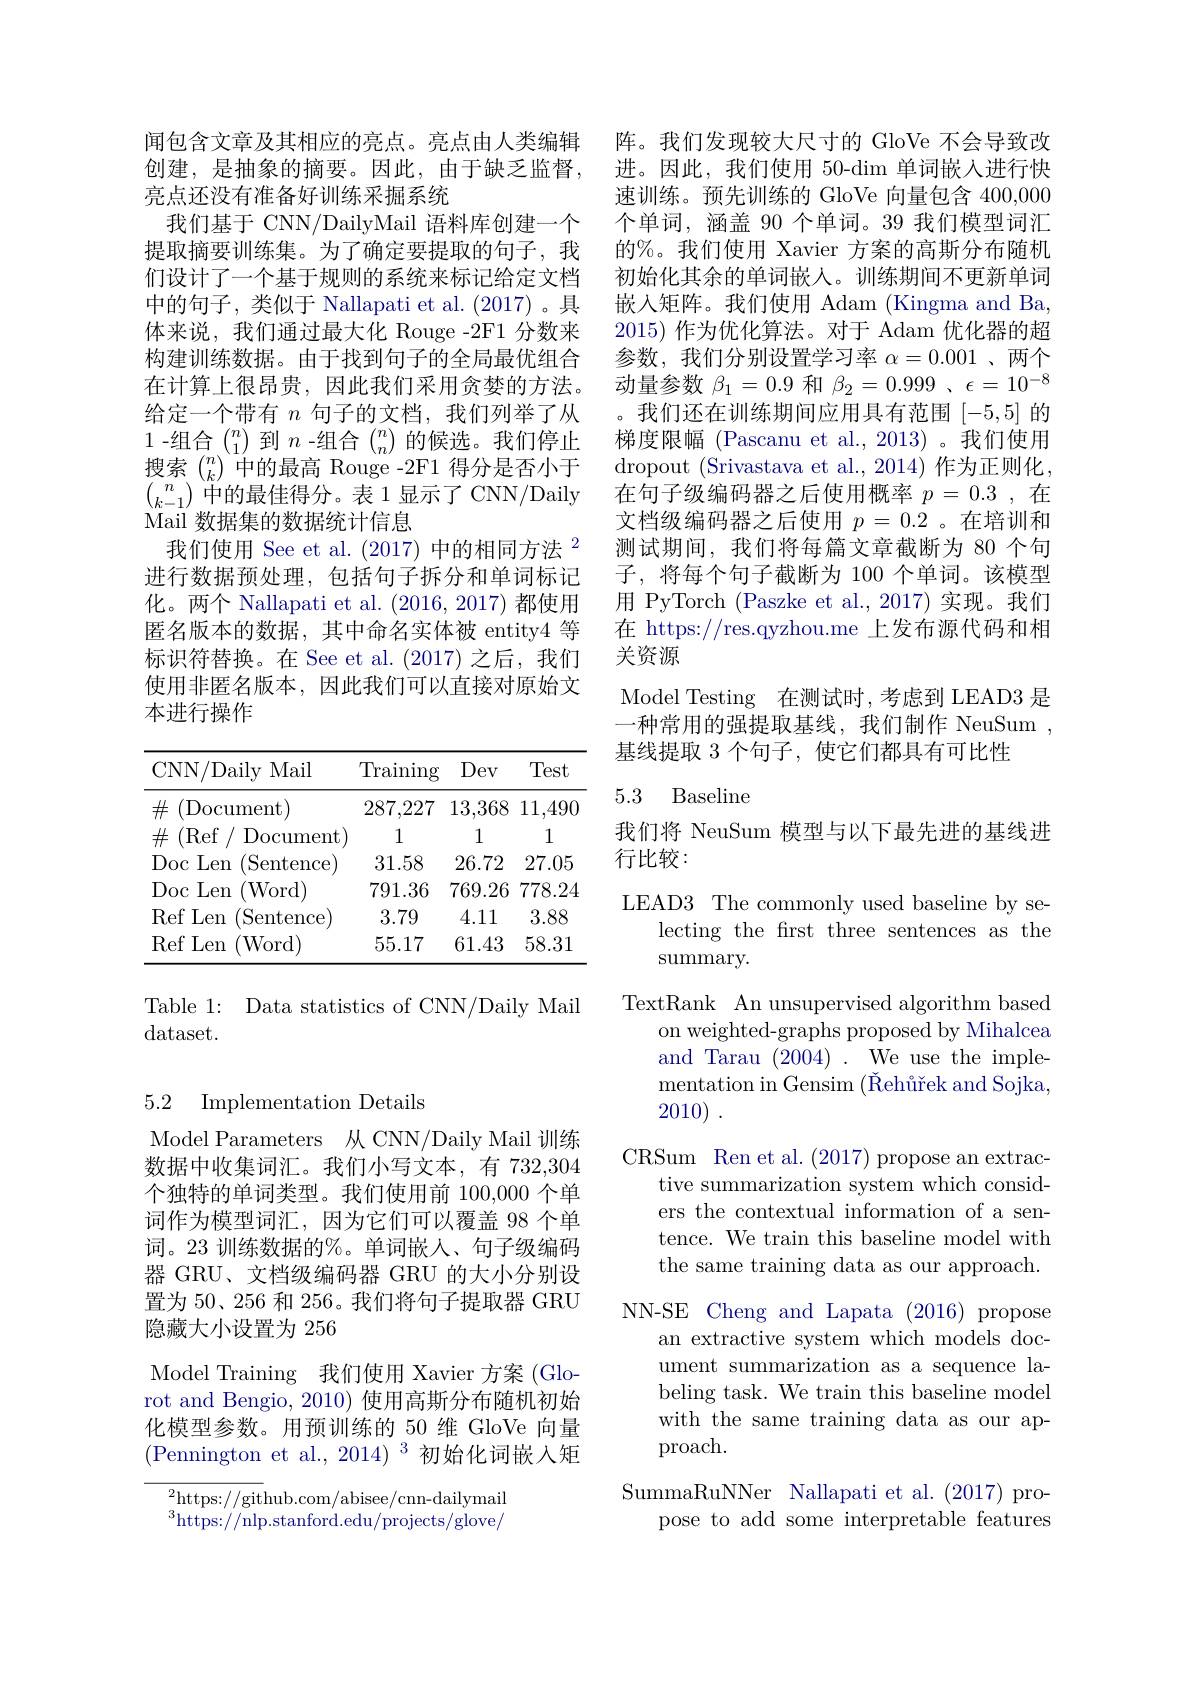
闻包含文章及其相应的亮点。亮点由人类编辑创建，是抽象的摘要。因此，由于缺乏监督， 亮点还没有准备好训练采掘系统
我们基于 CNN/DailyMail 语料库创建一个提取摘要训练集。为了确定要提取的句子，我们设计了一个基于规则的系统来标记给定文档中的句子，类似于 Nallapati et al.(2017)。具体来说，我们通过最大化 Rouge -2F1 分数来构建训练数据。由于找到句子的全局最优组合在计算上很昂贵，因此我们采用贪婪的方法。给定一个带有$n$句子的文档，我们列举了从1-组合$\binom n1$到$n$ -组合$\binom nn$的候选。我们停止搜索$\binom nk$中的最高 Rouge -2F1 得分是否小于$\binom n{k-1}$中的最佳得分。表 1 显示了 CNN/Daily Mail 数据集的数据统计信息
我们使用 See et al.(2017)中的相同方法$^{2}$ 进行数据预处理，包括句子拆分和单词标记化。两个 Nallapati et al. (2016,2017)都使用匿名版本的数据，其中命名实体被 entity4 等标识符替换。在 See et al. (2017) 之后，我们使用非匿名版本，因此我们可以直接对原始文本进行操作

<table>
	<tbody>
		<tr>
			<th>CNN/ Daily 7 Mail</th>
			<th>$\operatorname{Training}$</th>
			<th>Dev</th>
			<th>Test</th>
		</tr>
		<tr>
			<td>$\#$ Document</td>
			<td>287,227</td>
			<td>13,368</td>
			<td>11,490</td>
		</tr>
		<tr>
			<td>$\#$ Ref Document</td>
			<td>1</td>
			<td>1</td>
			<td>1</td>
		</tr>
		<tr>
			<td>Doc $\because$Len $^{\prime}$Sentence 1</td>
			<td>31.58</td>
			<td>26.72</td>
			<td>27.05</td>
		</tr>
		<tr>
			<td>Doc :Len (Word)</td>
			<td>791.36</td>
			<td>769.26</td>
			<td>778.24</td>
		</tr>
		<tr>
			<td>$\operatorname{Ref}$Len (Sentence</td>
			<td>3.79</td>
			<td>4.11</td>
			<td>3.88</td>
		</tr>
		<tr>
			<td>$\operatorname{Ref}$Len (Word)</td>
			<td>55.17</td>
			<td>61.43</td>
			<td>58.31</td>
		</tr>
	</tbody>
</table>

Table 1: Data statistics of CNN/Daily Mail
dataset.

## 5.2 Implementation Details

Model Parameters 从 CNN/Daily Mail 训练数据中收集词汇。我们小写文本，有 732,304个独特的单词类型。我们使用前 100,000 个单词作为模型词汇，因为它们可以覆盖 98 个单词。23 训练数据的%。单词嵌人、句子级编码器 GRU、文档级编码器 GRU 的大小分别设置为 50、256 和 256。我们将句子提取器 GRU 隐藏大小设置为 256
Model Training 我们使用 Xavier 方案 (Glorot and Bengio, 2010) 使用高斯分布随机初始化模型参数。用预训练的 50 维 GloVe 向量(Pennington et al.,2014)$^3$初始化词嵌入矩

$^{2}$https://github.com/abisee/cnn-dailymail $^{3}$https://nlp.stanford.edu/projects/glove/

阵。我们发现较大尺寸的 GloVe 不会导致改进。因此，我们使用 50-dim 单词嵌入进行快速训练。预先训练的 GloVe 向量包含 400,000个单词，涵盖 90 个单词。39 我们模型词汇的%。我们使用 Xavier 方案的高斯分布随机初始化其余的单词嵌人。训练期间不更新单词嵌入矩阵。我们使用 Adam (Kingma and Ba, 2015)作为优化算法。对于 Adam 优化器的超参数，我们分别设置学习率$\alpha=0.001$ 、两个动量参数$\beta_1=0.9$和$\beta_2=0.999$ 、$\epsilon=10^-8$ 。我们还在训练期间应用具有范围[-5,5]的梯度限幅 (Pascanu et al.,2013)。我们使用dropout (Srivastava et al., 2014) 作为正则化， 在句子级编码器之后使用概率$p=0.3$,在文档级编码器之后使用$p=0.2$ 。在培训和测试期间，我们将每篇文章截断为 80 个句子，将每个句子截断为 100 个单词。该模型用 PyTorch (Paszke et al.,2017)实现。我们在 https://res.qyzhou.me 上发布源代码和相关资源
Model Testing 在测试时，考虑到 LEAD3 是

一种常用的强提取基线，我们制作 NeuSum
基线提取 3 个句子，使它们都具有可比性

## 5.3 Baseline

我们将 NeuSum 模型与以下最先进的基线进
行比较：

LEAD3 The commonly used baseline by se-
lecting the frst three sentences as the
summary.
TextRank An unsupervised algorithm based
on weighted-graphs proposed by Mihalcea and Tarau (2004). We use the implementation in Gensim (Šehürek and Sojka, 2010) .
CRSum Ren et al.(2017) propose an extrac-
tive summarization system which considers the contextual information of a sentence. We train this baseline model with the same training data as our approach.
NN-SE Cheng and Lapata (2016) propose
an extractive system which models document summarization as a sequence labeling task. We train this baseline model with the same training data as our approach.
SummaRuNNer Nallapati et al.(2017) pro-
pose to add some interpretable features